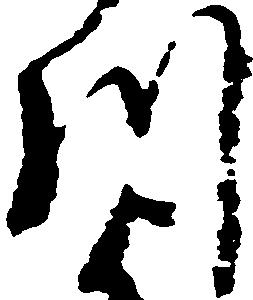
川